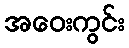
အဝေးကွင်း